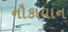
નૌકાયાન